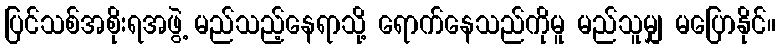
ပြင်သစ်အစိုးရအဖွဲ့ မည်သည့်နေရာသို့ ရောက်နေသည်ကိုမူ မည်သူမျှ မပြောနိုင်။